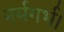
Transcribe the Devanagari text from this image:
नर्मगर्भ।